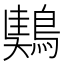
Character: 𪃤